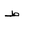
Letter: _da